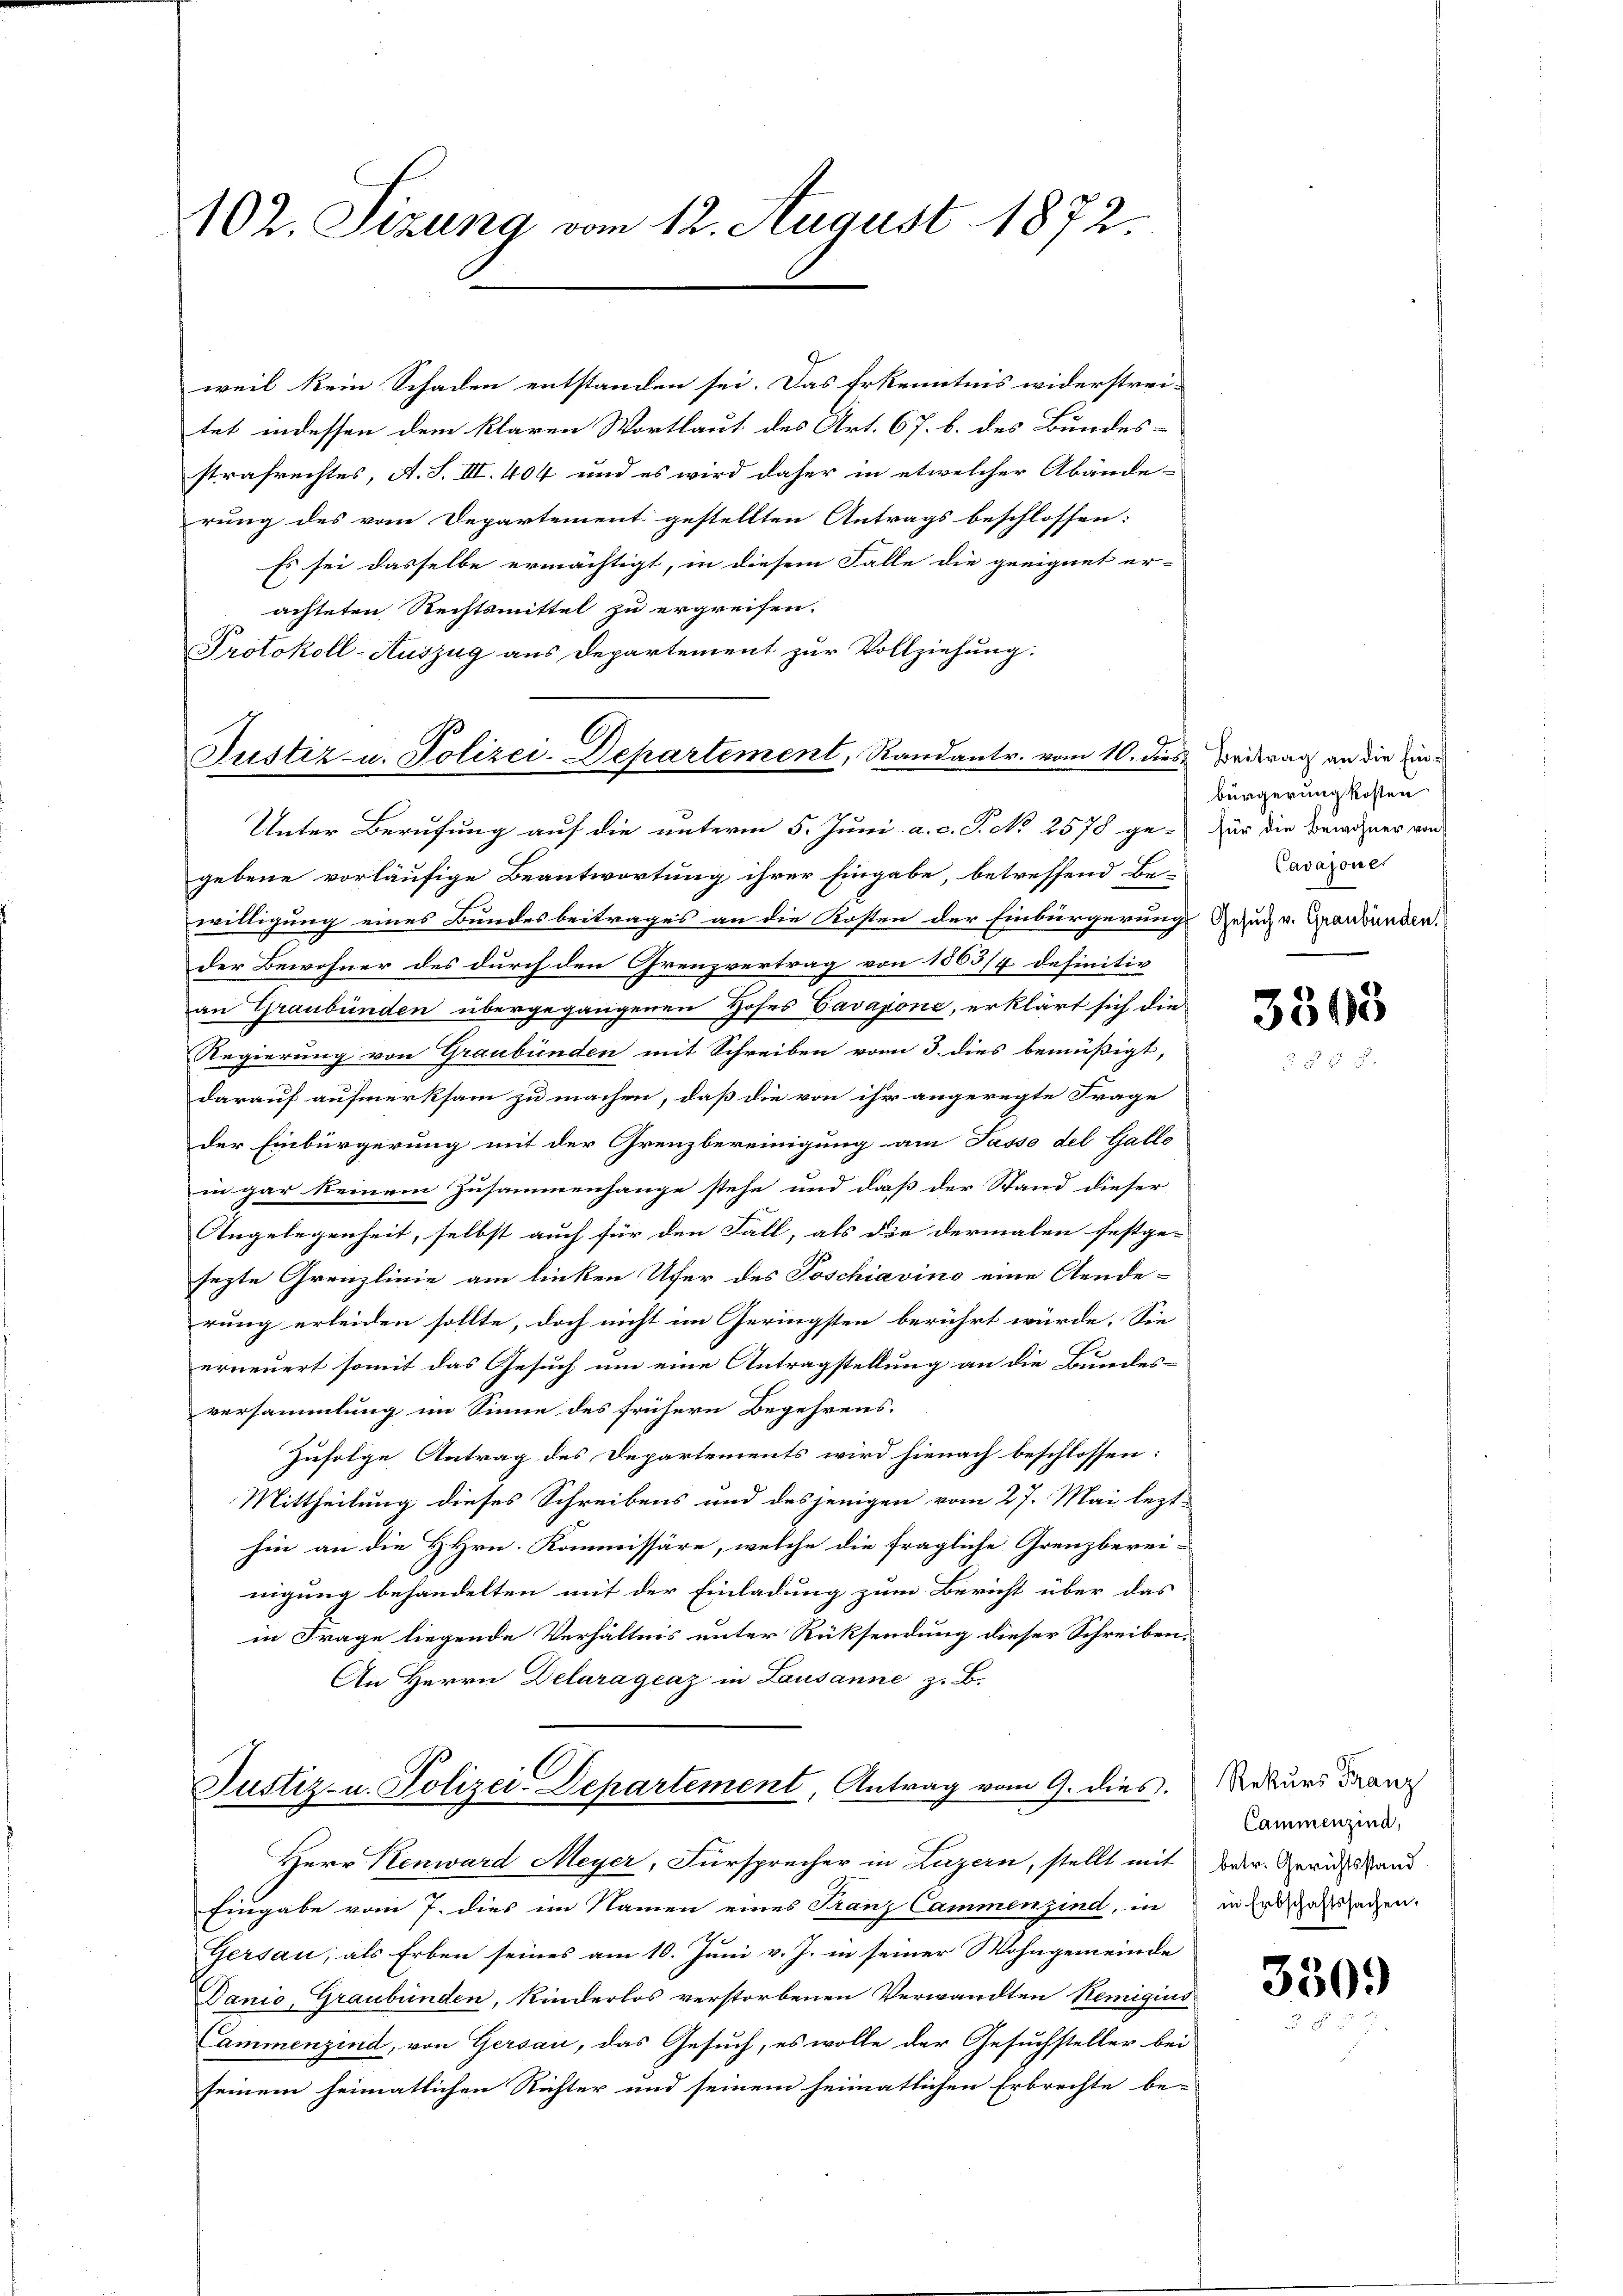
102. Sizung vom 12. August 1872.

weil kein Schaden entstanden sei. Das Erkenntnis widerstrei-
tet indessen dem klaren Wortlaut des Art. 67. b. des Bundesstrafrechtes, A. S. III. 404 und es wird daher in etwelcher Abände-
rung des vom Departement gestellten Antrags beschlossen:
Es sei dasselbe ermächtigt, in diesem Falle die geeignet er-
achteten Rechtsmittel zu ergreifen.
Protokoll-Auszug aus Departement zur Vollziehung.
Unter Berufung auf die unterm 5. Juni. a. c. P. No 2578 ge-
gebene vorläufige Beantwortung ihrer Eingabe, betreffend Be-
willigung eines Bundesbeitrages an die Kosten der Einbürgerungs Gesuch v. Graubünden.
der Bewohner des durch den Grenzvertrag von 1563/4. definitiv
an Graubünden übergegangenen Hoses Savajone, erklärt sich die
Regierung von Graubünden mit Schreiben vom 3. dies bemüßigt,
darauf aufmerksam zu machen, daß die von ihr angeregte Frage
der Einbürgerung mit der Grenzbereinigung am Passo del Gallo
in gar keinem Zusammenhange stehe und daß der Stand dieser
Angelegenheit, selbst auch für den Fall, als die dermalen festge-
sezte Grenzlinie am linken Ufer des Poschiavino eine Aende-
rung erleiden sollte, doch nicht im Geringsten berührt würde. Sie
erneuert somit das Gesuch um eine Antragstellung an die Bundes-
versammlung im Sinne des frühern Begehrens.
Zufolge Antrag des Departements wird hienach beschlossen:
Mittheilung dieses Schreibens und desjenigen vom 27. Mai lezt-
hin an die HHrn. Kommissäre, welche die fragliche Grenzberei-
nigung behandelten mit der Einladung zum Bericht über das
in Frage liegende Verhältnis unter Rücksendung dieser Schreiben,
An Herrn Delaragraz in Lausanne z. B.
Justiz- u. Polizei-Departement, Antrag vom 9. dies. Rekurs Franz
Herr Henward Meyer, Fürsprecher in Luzern, stellt mit der Gerichts and
Eingabe vom 7. dies im Namen eines Franz Cammenzind, in in Erdschaftssachen.
Gersau, als Erben seines am 10. Juni v. J. in seiner Wohngemeinde
Danio, Graubünden, Kinderlos verstorbenen Verwandten Remigius
Cammenzind, von Gersau, das Gesuch, es wolle der Gesuchsteller bei
seinem heimatlichen Richter und seinem heimatlichen Erbrechte be-

Justiz- u. Polizei-Departement, Randantr. vom 10. dies

Beitrag an die Einbürgerung kosten
für die Bewohner von
Cavajone

3503

Cammenzind,

330.